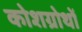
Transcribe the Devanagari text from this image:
कोशग्रोथों